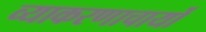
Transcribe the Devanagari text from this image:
व्याकरणाचार्यो